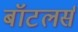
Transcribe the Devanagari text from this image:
बॉटलर्स